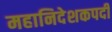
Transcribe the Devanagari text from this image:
महानिदेशकपदी